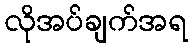
လိုအပ်ချက်အရ